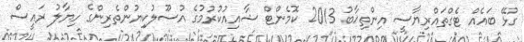
ގުޅޭ ބައެއް ޓެގްތައްރިޔާސީ އިންތިޚާބު 2013 ކޮމެންޓް ޝާއިއުކުރުމުގެ އުސޫލުކިޔުންތެރިންގެ ހިޔާލު ރައީސް